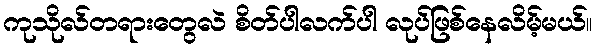
ကုသိုလ်တရားတွေလဲ စိတ်ပါလက်ပါ လုပ်ဖြစ်နေလိမ့်မယ်။